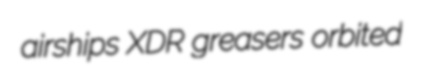
airships XDR greasers orbited